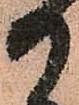
御